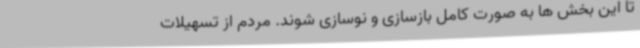
تا این بخش ها به صورت کامل بازسازی و نوسازی شوند. مردم از تسهیلات